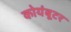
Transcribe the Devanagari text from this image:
कोयंबूटर